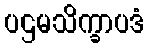
ပဌမသိက္ခာပဒံ